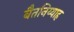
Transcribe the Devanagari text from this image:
बैतनिय्याह